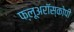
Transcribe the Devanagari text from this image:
फ्लूअरॉस्कोपी